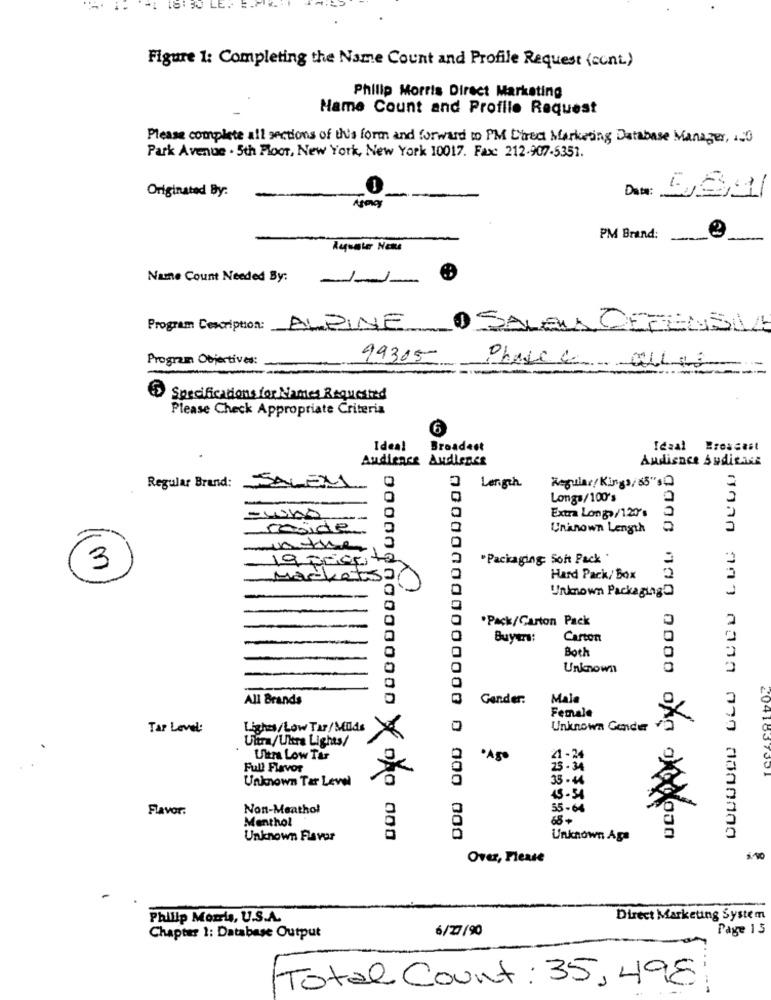
LE.
Figure 1: Completing the Name Count and Profile Request (cont)
Philip Morris Direct Marketing
Name Count and Profile Request
Please complete all sections of this form and forward to PM Direct Marketing Database Manager, 120
Park Avenue . 5th Floor, New York, New York 10017. Fax: 212.907-5351.
Originated By:
Agency
PM Brand:
-
Ayquater Nens
Name Count Needed By:
1-1-
Program Description: ALPINE
1 SALENCE
ENSIAZ
Program Objectives:
99305
Specifications for kinmes Requested
Please Check Appropriate Criteria
6
Ideal
Broadest
Idaal Eroscast
Audience Audience
Audience Suditais
DONOVOU OLD BUDD LUG DUUD
0
Regine/ Kings/85"SO
Regular Brand:
SALEM
0Length
Longs/100's
Extra Longo/120's
reside
Unknown Length
munther
19 pronta
.Packaging Soft Pack '
3
Marketsa
Hard Pack/ Box
2
Unknown Packaging'
2
111
.Pack/Carton Pack
Buyers:
Carton
Both
Unknown
All Brands
Gender:
Mala
Female
Tar Level:
Lighes/Low Tar/ Milds
Unknown Gender
Ultra/Ultra Lights/
Ultra Low Tar
0
Full Flavor
25.34
Unknown Tar Level
35-44
2041837351
15.54
Flavor:
Non-Meathol
55-64
Menthol
68+
Unknown Flavor
Unknown Ags
Over, Please
Philip Morris, U.S.A.
Direct Marketing System
6/27/90
Page 15
Chapter 1: Database Output
Total Count : 35, 498